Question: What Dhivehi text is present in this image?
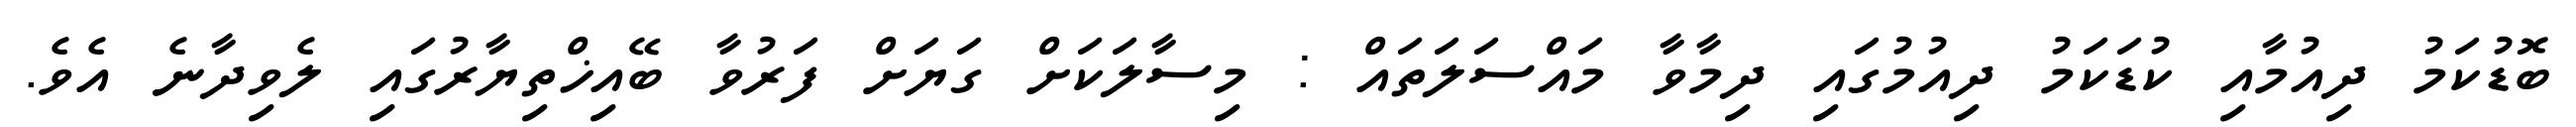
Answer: ބޮޑުކަމު ދިއުމާއި ކުޑަކަމު ދިއުމުގައި ދިމާވާ މައްސަލަތައް : މިސާލަކަށް ގަޔަށް ފަރުވާ ބޭއިޚްތިޔާރުގައި ލެވިދާނެ އެވެ.